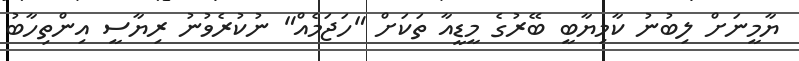
ޔާމީނަށް ލިބުނު ކާމިޔާބީ ބޭރުގެ މީޑީއާ ތަކަށް "ހަޖަމެއް" ނުކުރެވުނު ރިޔާސީ އިންތިހާބު